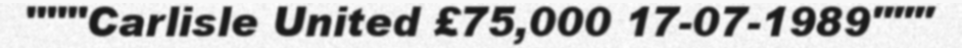
"""Carlisle United £75,000 17-07-1989"""